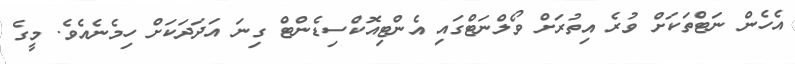
އެހެން ނަޓްތަކަށް ވުރެ އިތުރަށް ވޯލްނަޓްގައި އެންޓިއޮކްސިޑެންޓް ގިނަ އަދަދަކަށް ހިމެނެއެވެ. މީގެ